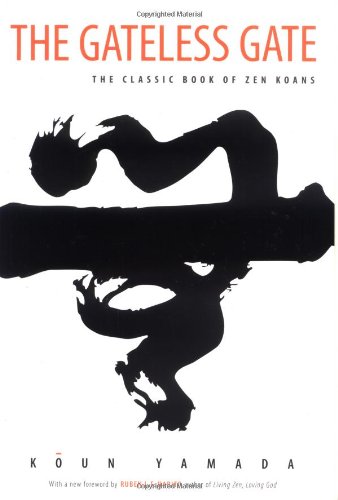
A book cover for The Gateless Gate: The Classic Book of Zen Koans; Koun Yamada; Literature & Fiction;